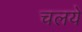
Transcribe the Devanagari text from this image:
चलये